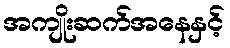
အကျိုးဆက်အနေနှင့်